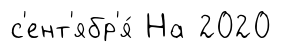
с'ент'ябр'я́ На 2020